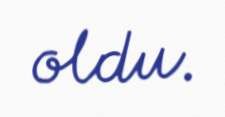
oldu.